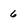
Character: 6